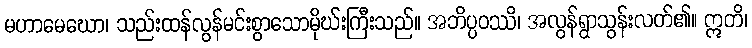
မဟာမေဃော၊ သည်းထန်လွန်မင်းစွာသောမိုဃ်းကြီးသည်။ အဘိပ္ပဝဿိ၊ အလွန်ရွာသွန်းလတ်၏။ ဣတိ၊